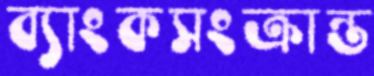
ব্যাংকসংক্রান্ত